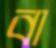
বা